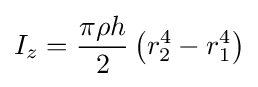
I_{z}={\frac {\pi \rho h}{2}}\left(r_{2}^{4}-r_{1}^{4}\right)